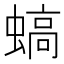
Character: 𧎸